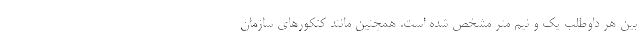
بین هر داوطلب یک و نیم متر مشخص شده است. همچنین مانند کنکورهای سازمان